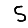
Digit: 5